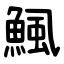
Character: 鯴